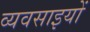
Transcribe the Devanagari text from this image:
व्यवसाइयों